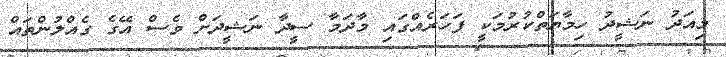
މިއަދު ނަޝީދު ހިމާޔަތްކުރުމަކީ ފަހަރެއްގައި މާދަމާ ސީދާ ނަޝީދަށް ވެސް އޭގެ ގެއްލުންތައް